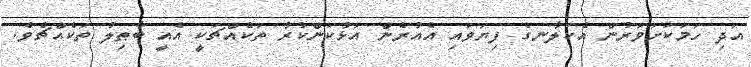
އަދި ހަމަކަށަވަރުން އެކަލާނގެ ފިޔަވައި އެއުރެން އަޅުކަންކުރާ ތަކެއްޗަކީ އެއީ ބާޠިލު ތަކެއްޗެވެ.